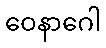
ဝေနာဂေါ